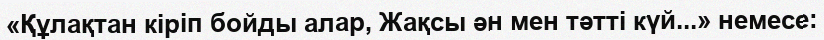
«Құлақтан кіріп бойды алар, Жақсы ән мен тәтті күй...» немесе: